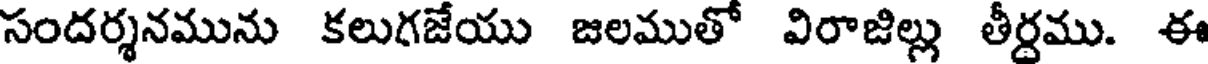
సందర్శనమును కలుగజేయు జలముతో విరాజిల్లు తీర్దము. ఈ